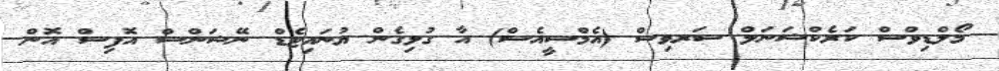
މޯލްޑިވްސް ކަރެކްޝަނަލް ސަރވިސް (އެމްސީއެސް) އާ ގުޅިގެން ޔުނައިޓެޑް ނޭޝަންސް އޮފިސް އޮން